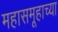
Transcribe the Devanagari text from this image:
महासमूहाच्या